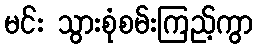
မင်း သွားစုံစမ်းကြည့်ကွာ